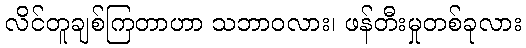
လိင်တူချစ်ကြတာဟာ သဘာဝလား၊ ဖန်တီးမှုတစ်ခုလား